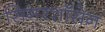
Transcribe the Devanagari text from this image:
सिगरशॉसेन